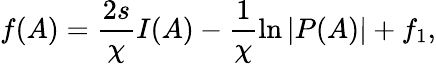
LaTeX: f(A)=\frac{2s}{\chi}I(A)-\frac{1}{\chi}\ln{|P(A)|}+f_{1},